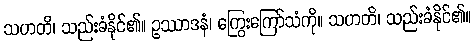
သဟတိ၊ သည်းခံနိုင်၏။ ဥဿာဒနံ၊ ကြွေးကြော်သံကို။ သဟတိ၊ သည်းခံနိုင်၏။